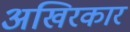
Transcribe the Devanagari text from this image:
अखिरकार